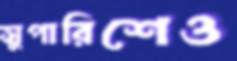
সুপারিশেও